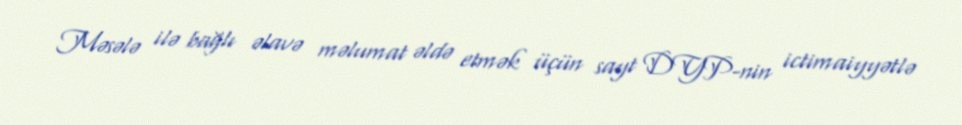
Məsələ ilə bağlı əlavə məlumat əldə etmək üçün sayt DYP-nin ictimaiyyətlə